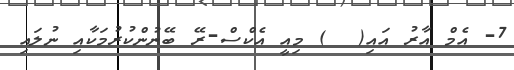
7- އެމް އާރު އައި(  ) މިއީ އެކްސް-ރޭ ބޭނުންކުރުމަކާއި ނުލައި